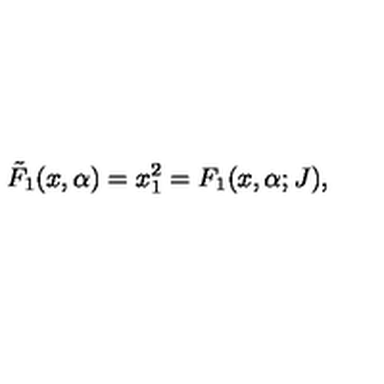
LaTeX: { \tilde { F } } _ { 1 } ( x , \alpha ) = x _ { 1 } ^ { 2 } = F _ { 1 } ( x , \alpha ; J ) ,